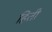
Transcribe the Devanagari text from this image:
हिती